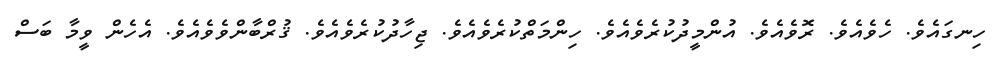
ހިނގައެވެ. ހެވެއެވެ. ރޮވެއެވެ. އުންމީދުކުރެވެއެވެ. ހިންމަތްކުރެވެއެވެ. ޖިހާދުކުރެވެއެވެ. ޤުރްބާންވެވެއެވެ. އެހެން ވީމާ ބަސް